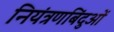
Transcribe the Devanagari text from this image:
नियंत्रणबिंदुओं